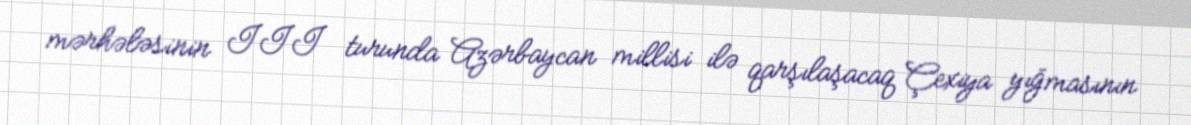
mərhələsinin III turunda Azərbaycan millisi ilə qarşılaşacaq Çexiya yığmasının